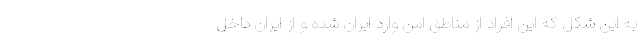
به اين شكل كه اين افراد از مناطق امن وارد ايران شده و از ايران داخل